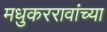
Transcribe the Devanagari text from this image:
मधुकररावांच्या